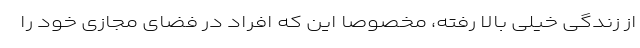
از زندگی خیلی بالا رفته، مخصوصا این که افراد در فضای مجازی خود را